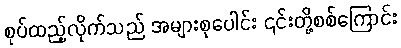
စုပ်ထည့်လိုက်သည် အများစုပေါင်း ၎င်းတို့စစ်ကြောင်း